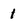
Character: 1